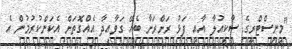
"މިނިސްޓްރީގެ ސާކިއުލާ އާއި ފަޅު ރަށްރަށާ ބެހޭ ގަވާއިދާ އެއްގޮތަށް އެކަންކުރުމުން އެ